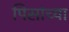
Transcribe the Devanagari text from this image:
पिसांच्या